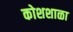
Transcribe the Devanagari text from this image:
कोशशाळा